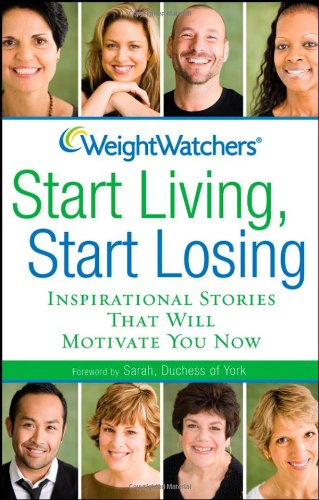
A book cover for Weight Watchers Start Living, Start Losing: Inspirational Stories That Will Motivate You Now; Weight Watchers; Health, Fitness & Dieting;